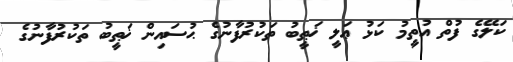
ކަލޭގެ ފުތް އުތީމު ކަޅު ޢަލީ ޚަޠީބު ތަކުރުފާނުގެ ޙުސައިން ޚަޠީބު ތަކުރުފާނުގެ